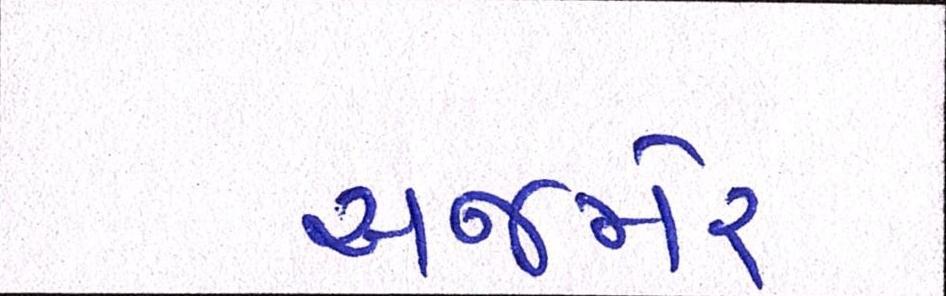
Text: અજમેર